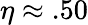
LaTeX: \eta\approx.50